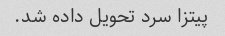
پیتزا سرد تحویل داده شد.